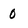
Character: 0